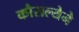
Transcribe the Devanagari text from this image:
कौसल्येने